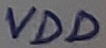
Text: VDD